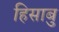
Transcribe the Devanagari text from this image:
हिसाबु